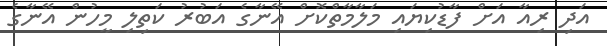
އަދި ރިއާ އަށް ފާޑުކިޔައި މަލާމާތްކޮށް އޭނާގެ އަބުރު ކަތިލި މީހުން އޭނާގެ